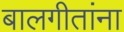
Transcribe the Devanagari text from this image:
बालगीतांना